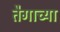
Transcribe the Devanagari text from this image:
तैगाच्या